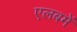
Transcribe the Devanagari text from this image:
एलबमें